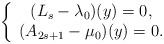
LaTeX: \begin{align*}\left\{\begin{array}{c} (L_s-\lambda_0)(y)=0,\\ (A_{2s+1}-\mu_0)(y)=0.\end{array}\right.\end{align*}